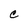
Character: C